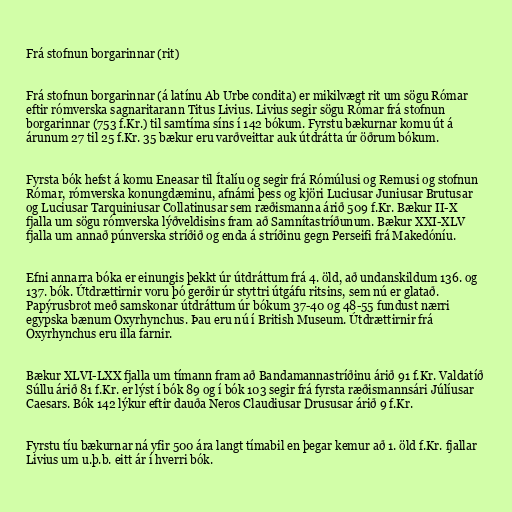
Frá stofnun borgarinnar (rit)

Frá stofnun borgarinnar (á latínu Ab Urbe condita) er mikilvægt rit um sögu Rómar
eftir rómverska sagnaritarann Titus Livius. Livius segir sögu Rómar frá stofnun
borgarinnar (753 f.Kr.) til samtíma síns í 142 bókum. Fyrstu bækurnar komu út á
árunum 27 til 25 f.Kr. 35 bækur eru varðveittar auk útdrátta úr öðrum bókum.

Fyrsta bók hefst á komu Eneasar til Ítalíu og segir frá Rómúlusi og Remusi og stofnun
Rómar, rómverska konungdæminu, afnámi þess og kjöri Luciusar Juniusar Brutusar
og Luciusar Tarquiniusar Collatinusar sem ræðismanna árið 509 f.Kr. Bækur II-X
fjalla um sögu rómverska lýðveldisins fram að Samnítastríðunum. Bækur XXI-XLV
fjalla um annað púnverska stríðið og enda á stríðinu gegn Perseifi frá Makedóníu.

Efni annarra bóka er einungis þekkt úr útdráttum frá 4. öld, að undanskildum 136. og
137. bók. Útdrættirnir voru þó gerðir úr styttri útgáfu ritsins, sem nú er glatað.
Papýrusbrot með samskonar útdráttum úr bókum 37-40 og 48-55 fundust nærri
egypska bænum Oxyrhynchus. Þau eru nú í British Museum. Útdrættirnir frá
Oxyrhynchus eru illa farnir.

Bækur XLVI-LXX fjalla um tímann fram að Bandamannastríðinu árið 91 f.Kr. Valdatíð
Súllu árið 81 f.Kr. er lýst í bók 89 og í bók 103 segir frá fyrsta ræðismannsári Júlíusar
Caesars. Bók 142 lýkur eftir dauða Neros Claudiusar Drususar árið 9 f.Kr.

Fyrstu tíu bækurnar ná yfir 500 ára langt tímabil en þegar kemur að 1. öld f.Kr. fjallar
Livius um u.þ.b. eitt ár í hverri bók.